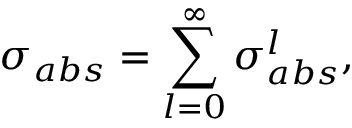
\sigma _ { a b s } = \sum _ { l = 0 } ^ { \infty } \sigma _ { a b s } ^ { l } ,